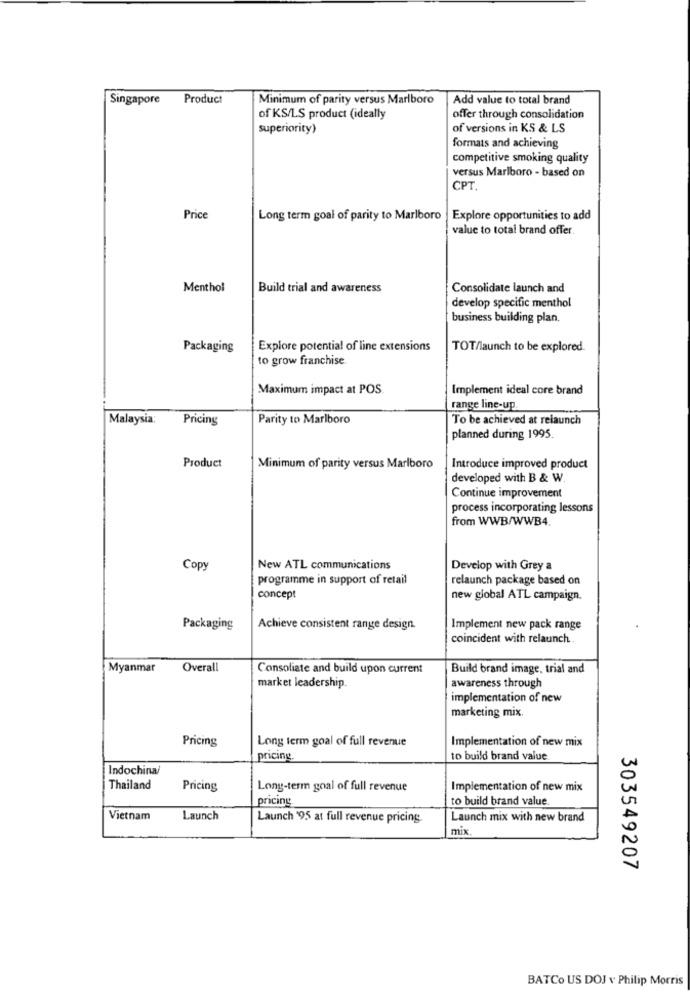
Singapore
Product
Minimum of parity versus Marlboro
Add value to total brand
of KS/LS product (ideally
offer through consolidation
superiority)
of versions in KS & LS
formats and achieving
competitive smoking quality
versus Marlboro - based on
CPT.
Price
Long term goal of parity to Marlboro
Explore opportunities to add
value to total brand offer.
Menthol
Build trial and awareness
Consolidate launch and
develop specific menthol
business building plan.
Packaging
Explore potential of line extensions
TOT/launch to be explored.
to grow franchise
Maximum impact at POS.
Implement ideal core brand
range line-up
Malaysia:
Pricing
Parity to Marlboro
To be achieved at relaunch
planned during 1995
Product
Minimum of parity versus Marlboro
Introduce improved product
developed with B & W.
Continue improvement
process incorporating lessons
from WWB/WWB4.
Copy
New ATL communications
Develop with Grey a
programme in support of retail
relaunch package based on
concept
new global ATL campaign.
Packaging
Achieve consistent range design.
Implement new pack range
coincident with relaunch
Myanmar
Overall
Consoliate and build upon current
Build brand image, trial and
market leadership.
awareness through
implementation of new
marketing mix.
Pricing
Long term goal of full revenue
Implementation of new mix
pricing.
to build brand value
Indochina/
Thailand
Pricing
Long-term goal of full revenue
Implementation of new mix
pricing
to build brand value.
Vietnam
Launch
Launch '95 at full revenue pricing.
Launch mix with new brand
mix
303549207
BATCO US DOJ v Philip Morris